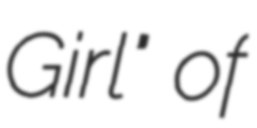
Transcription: Girl" of